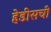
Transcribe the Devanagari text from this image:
हेडीसची